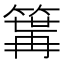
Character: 𥱎